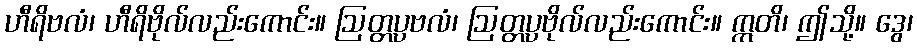
ဟီရိဗလံ၊ ဟီရိဗိုလ်လည်းကောင်း။ ဩတ္တပ္ပဗလံ၊ ဩတ္တပ္ပဗိုလ်လည်းကောင်း။ ဣတိ၊ ဤသို့။ ဒွေ၊